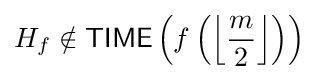
H_{f}\notin {\mathsf {TIME}}\left(f\left(\left\lfloor {\frac {m}{2}}\right\rfloor \right)\right)